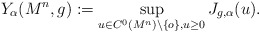
\begin{align*}Y_\alpha (M^n, g):=\sup_{u\in C^0(M^n)\setminus \{o\}, u \ge 0} J_{g,\alpha}(u).\end{align*}